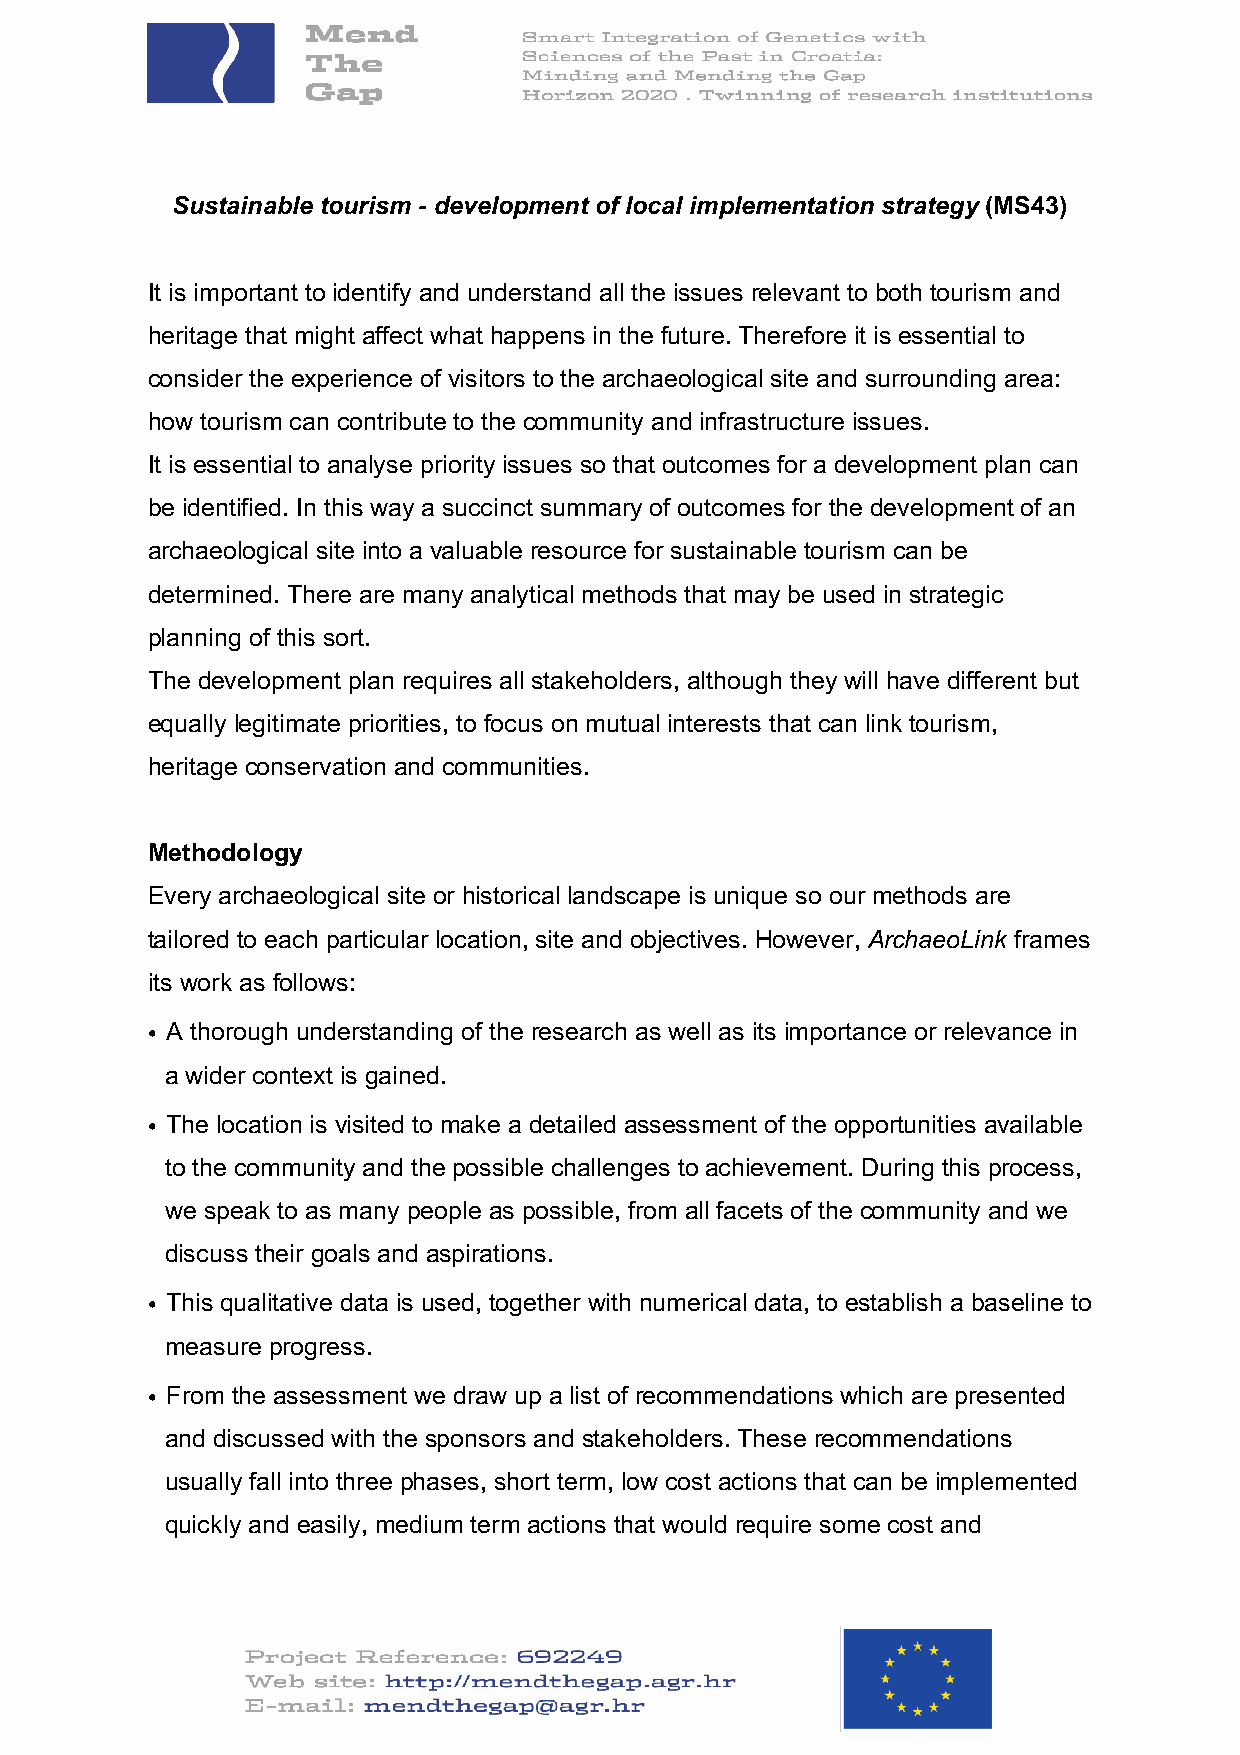
Sustainable tourism - development of local implementation strategy (MS43)
 It is important to identify and understand all the issues relevant to both tourism and
 heritage that might affect what happens in the future. Therefore it is essential to
 consider the experience of visitors to the archaeological site and surrounding area:
 how tourism can contribute to the community and infrastructure issues.
 It is essential to analyse priority issues so that outcomes for a development plan can
 be identified. In this way a succinct summary of outcomes for the development of an
 archaeological site into a valuable resource for sustainable tourism can be
 determined. There are many analytical methods that may be used in strategic
 planning of this sort.
 The development plan requires all stakeholders, although they will have different but
 equally legitimate priorities, to focus on mutual interests that can link tourism,
 heritage conservation and communities.
 Methodology
 Every archaeological site or historical landscape is unique so our methods are
 tailored to each particular location, site and objectives. However, ArchaeoLink frames
 its work as follows:
 • A thorough understanding of the research as well as its importance or relevance in
 a wider context is gained.
 • The location is visited to make a detailed assessment of the opportunities available
 to the community and the possible challenges to achievement. During this process,
 we speak to as many people as possible, from all facets of the community and we
 discuss their goals and aspirations.
 • This qualitative data is used, together with numerical data, to establish a baseline to
 measure progress.
 • From the assessment we draw up a list of recommendations which are presented
 and discussed with the sponsors and stakeholders. These recommendations
 usually fall into three phases, short term, low cost actions that can be implemented
 quickly and easily, medium term actions that would require some cost and